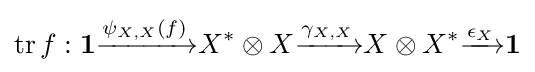
\mathop {\mathrm {tr} } f:\mathbf {1} {\xrightarrow {\psi _{X,X}(f)}}X^{*}\otimes X{\xrightarrow {\gamma _{X,X}}}X\otimes X^{*}{\xrightarrow {\epsilon _{X}}}\mathbf {1}